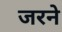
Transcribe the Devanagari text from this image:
जरने